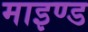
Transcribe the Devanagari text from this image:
माइण्ड